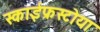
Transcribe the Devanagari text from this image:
स्काईफ्रस्टोया